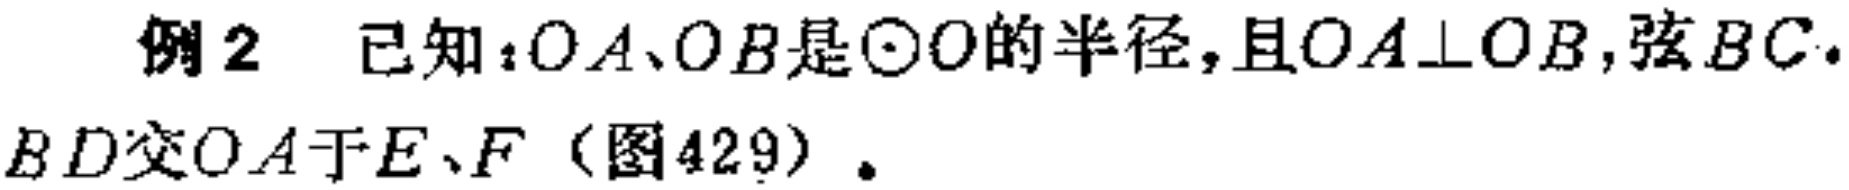
例2 已知：$OA、OB$是$\odot O$的半径，且$OA\perp OB$，弦$BC.$ $BD$交$OA$于$E、F$（图429）.